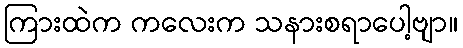
ကြားထဲက ကလေးက သနားစရာပေါ့ဗျာ။